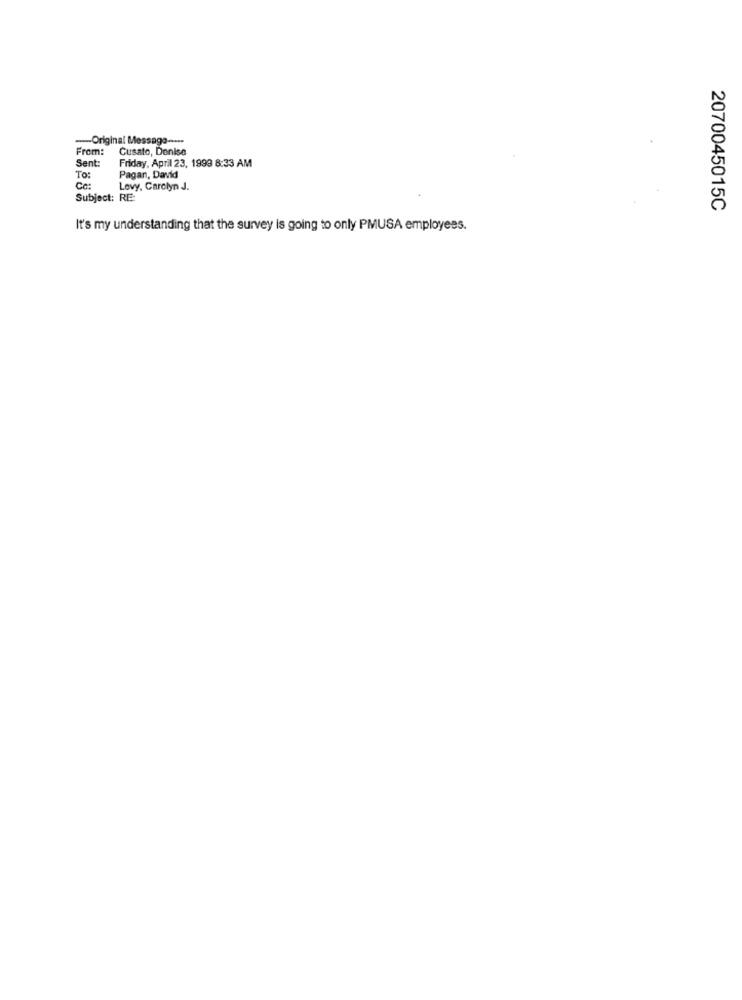
Original Message -....
From:
Cusato, Denise
Sent:
Friday, April 23, 1999 8:33 AM
To:
Pagan, David
Co:
Levy, Carolyn J.
Subject: RE:
2070045015C
It's my understanding that the survey is going to only PMUSA employees.